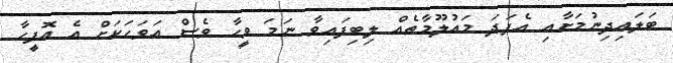
ބަލައިދިނުމަށާއި އެފަދަ މައުލޫމާތެއް ލިބިފައިވާ ނަމަ ވީހާ ވެސް އަވަހަކަށް އެ އޮފީހާ